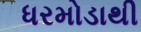
ધરમોડાથી